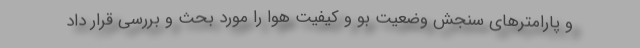
و پارامترهای سنجش وضعیت بو و کیفیت هوا را مورد بحث و بررسی قرار داد